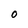
Character: O